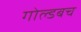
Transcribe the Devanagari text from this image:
गोल्डबच